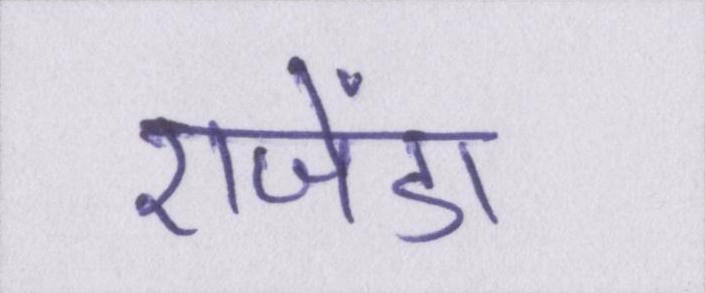
एजेंडा